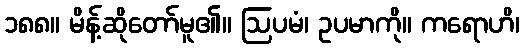
၁၈၈။ မိန့်ဆိုတော်မူ၏။ ဩပမံ၊ ဥပမာကို။ ကရောဟိ၊